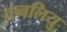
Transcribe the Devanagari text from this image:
तब्बलियु